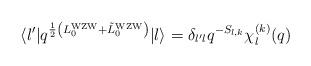
LaTeX: \begin{align*}\langle l' | q^{{1 \over 2} \left( L_0^{\rm WZW} + {\tilde L}_0^{\rm WZW} \right)} | l \rangle = \delta_{l'l} q^{-S_{l,k}} \chi^{(k)}_l(q)\end{align*}